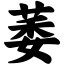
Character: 萎